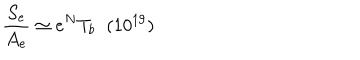
\frac { S _ { e } } { A _ { e } } \simeq e ^ { N } T _ { b } \; \; ( 1 0 ^ { 1 9 } )